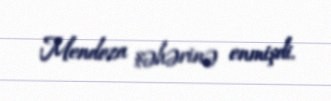
Mendoza şəhərinə enmişdi.